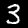
Digit: 3